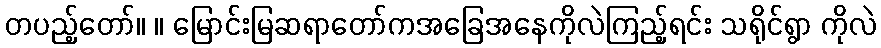
တပည့်တော်။ ။ မြောင်းမြဆရာတော်ကအခြေအနေကိုလဲကြည့်ရင်း သရိုင်ရွာ ကိုလဲ